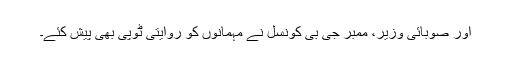
اور صوبائی وزیر، ممبر جی بی کونسل نے مہمانوں کو روایتی ٹوپی بھی پیش کئے۔